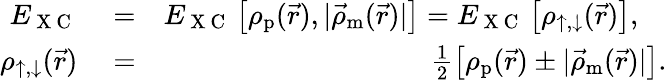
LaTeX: \begin{array}{rlr}{E_{\mathrm{~X~C~}}}&{{}=}&{E_{\mathrm{~X~C~}}\left[\rho_{\textrm{p}}(\vec{r}),|\vec{\rho}_{\textrm{m}}(\vec{r})|\right]=E_{\mathrm{~X~C~}}\left[\rho_{\uparrow,\downarrow}(\vec{r})\right],\quad}\\ {\rho_{\uparrow,\downarrow}(\vec{r})}&{{}=}&{\frac{1}{2}\left[\rho_{\textrm{p}}(\vec{r})\pm|\vec{\rho}_{\textrm{m}}(\vec{r})|\right].}\end{array}